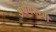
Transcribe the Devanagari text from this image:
अर्धयशस्वी